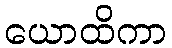
ယောထိကာ